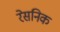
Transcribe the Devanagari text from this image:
रेसनिक